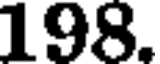
198.